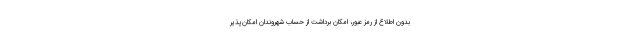
بدون اطلاع از رمز عبور، امکان برداشت از حساب شهروندان امکان‌پذیر